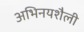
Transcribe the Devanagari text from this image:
अभिनयशैली